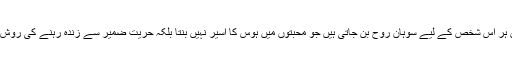
یہ تنہائیاں ہر اس شخص کے لیے سوہان روح بن جاتی ہیں جو محبتوں میں ہوس کا اسیر نہیں بنتا بلکہ حریت ضمیر سے زندہ رہنے کی روش اپناتا ہے۔